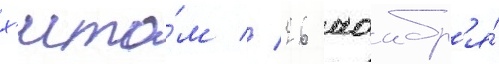
х'ито́м // 26 ноабр'я́